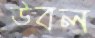
উবল